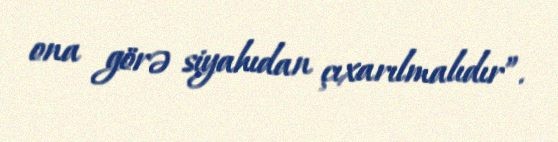
ona görə siyahıdan çıxarılmalıdır”.